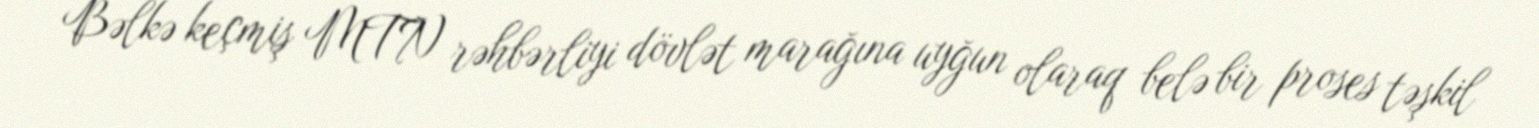
Bəlkə keçmiş MTN rəhbərliyi dövlət marağına uyğun olaraq belə bir proses təşkil